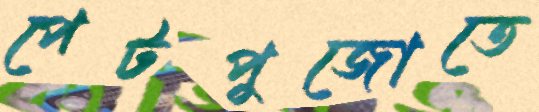
পেটপুজোতে